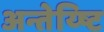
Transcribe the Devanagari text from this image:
अन्तेय्ष्टि